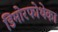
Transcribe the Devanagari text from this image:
डिमोरफोथेका